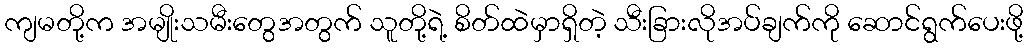
ကျမတို့က အမျိုးသမီးတွေအတွက် သူတို့ရဲ့ စိတ်ထဲမှာရှိတဲ့ သီးခြားလိုအပ်ချက်ကို ဆောင်ရွက်ပေးဖို့